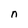
Character: n